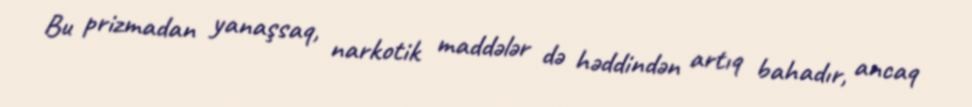
Bu prizmadan yanaşsaq, narkotik maddələr də həddindən artıq bahadır, ancaq